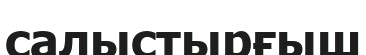
салыстырғыш